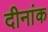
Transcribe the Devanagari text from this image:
दीनांक